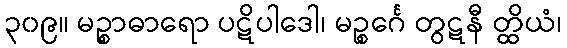
၃၀၉။ မဉ္စာဓာရော ပဋိပါဒေါ၊ မဉ္စင်္ဂေ တွဋနီ တ္ထိယံ၊